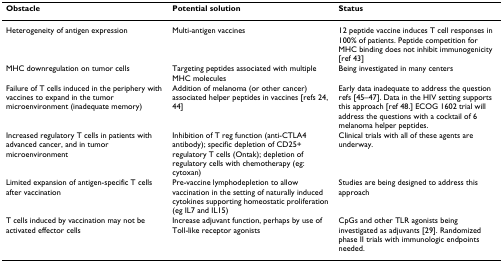
<table><thead><tr><td><b>Obstacle</b></td><td><b>Potential solution</b></td><td><b>Status</b></td></tr></thead><tbody><tr><td>Heterogeneity of antigen expression</td><td>Multi-antigen vaccines</td><td>12 peptide vaccine induces T cell responses in 100% of patients. Peptide competition for MHC binding does not inhibit immunogenicity [ref 43]</td></tr><tr><td>MHC downregulation on tumor cells</td><td>Targeting peptides associated with multiple MHC molecules</td><td>Being investigated in many centers</td></tr><tr><td>Failure of T cells induced in the periphery with vaccines to expand in the tumor microenvironment (inadequate memory)</td><td>Addition of melanoma (or other cancer) associated helper peptides in vaccines [refs 24, 44]</td><td>Early data inadequate to address the question refs [45–47]. Data in the HIV setting supports this approach [ref 48.] ECOG 1602 trial will address the questions with a cocktail of 6 melanoma helper peptides.</td></tr><tr><td>Increased regulatory T cells in patients with advanced cancer, and in tumor microenvironment</td><td>Inhibition of T reg function (anti-CTLA4 antibody); specific depletion of CD25+ regulatory T cells (Ontak); depletion of regulatory cells with chemotherapy (eg: cytoxan)</td><td>Clinical trials with all of these agents are underway.</td></tr><tr><td>Limited expansion of antigen-specific T cells after vaccination</td><td>Pre-vaccine lymphodepletion to allow vaccination in the setting of naturally induced cytokines supporting homeostatic proliferation (eg IL7 and IL15)</td><td>Studies are being designed to address this approach</td></tr><tr><td>T cells induced by vaccination may not be activated effector cells</td><td>Increase adjuvant function, perhaps by use of Toll-like receptor agonists</td><td>CpGs and other TLR agonists being investigated as adjuvants [29]. Randomized phase II trials with immunologic endpoints needed.</td></tr></tbody></table>